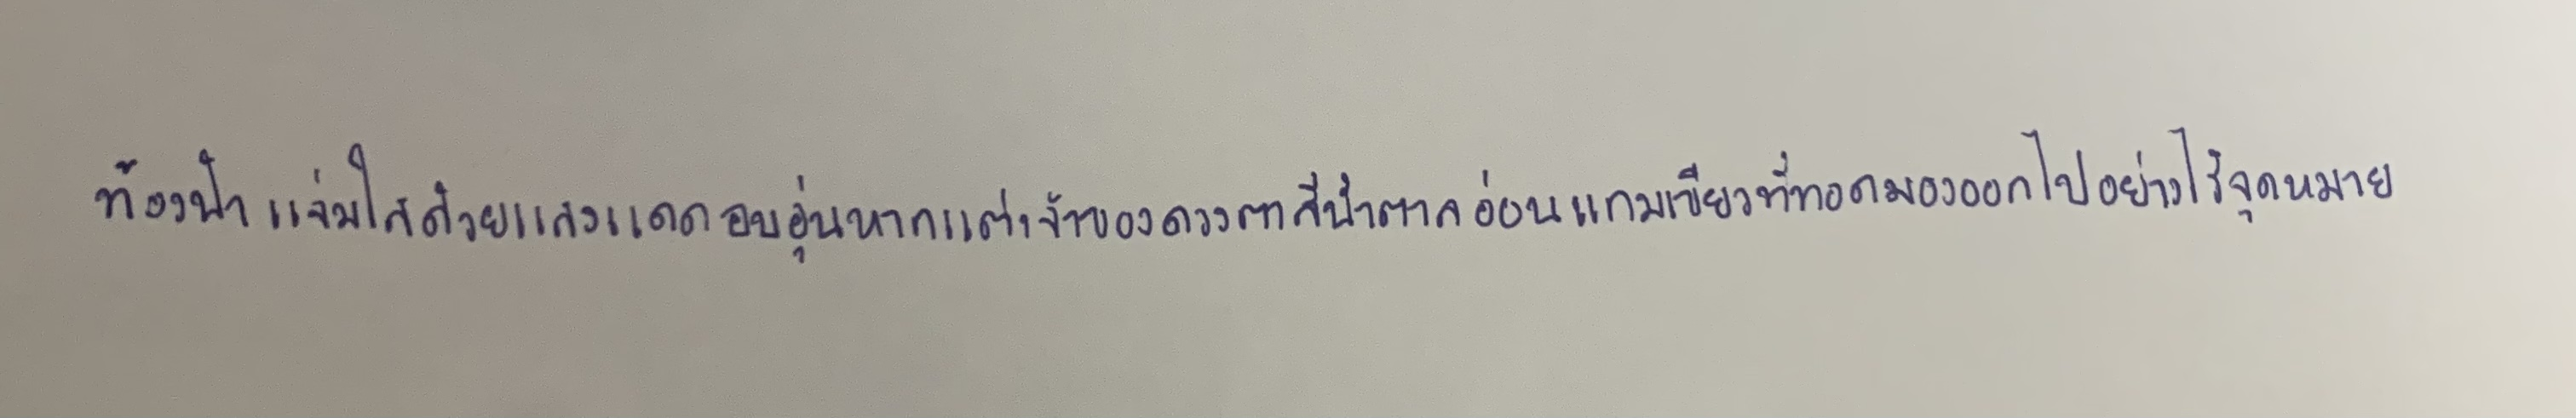
ท้องฟ้าแจ่มใสด้วยแสงแดดอบอุ่นหากแต่เจ้าของดวงตาสีน้ำตาลอ่อนแกมเขียวที่ทอดมองออกไปอย่างไร้จุดหมาย